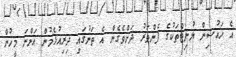
އެ ހައުސިން ޔުނިޓްތަކުގެ ފެންވަރު ދަށްވެގެން އެ ތަނުގައި ދިރިއުޅެމުން އަންނަ މީހުން